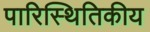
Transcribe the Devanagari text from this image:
पारिस्‍थितिकीय